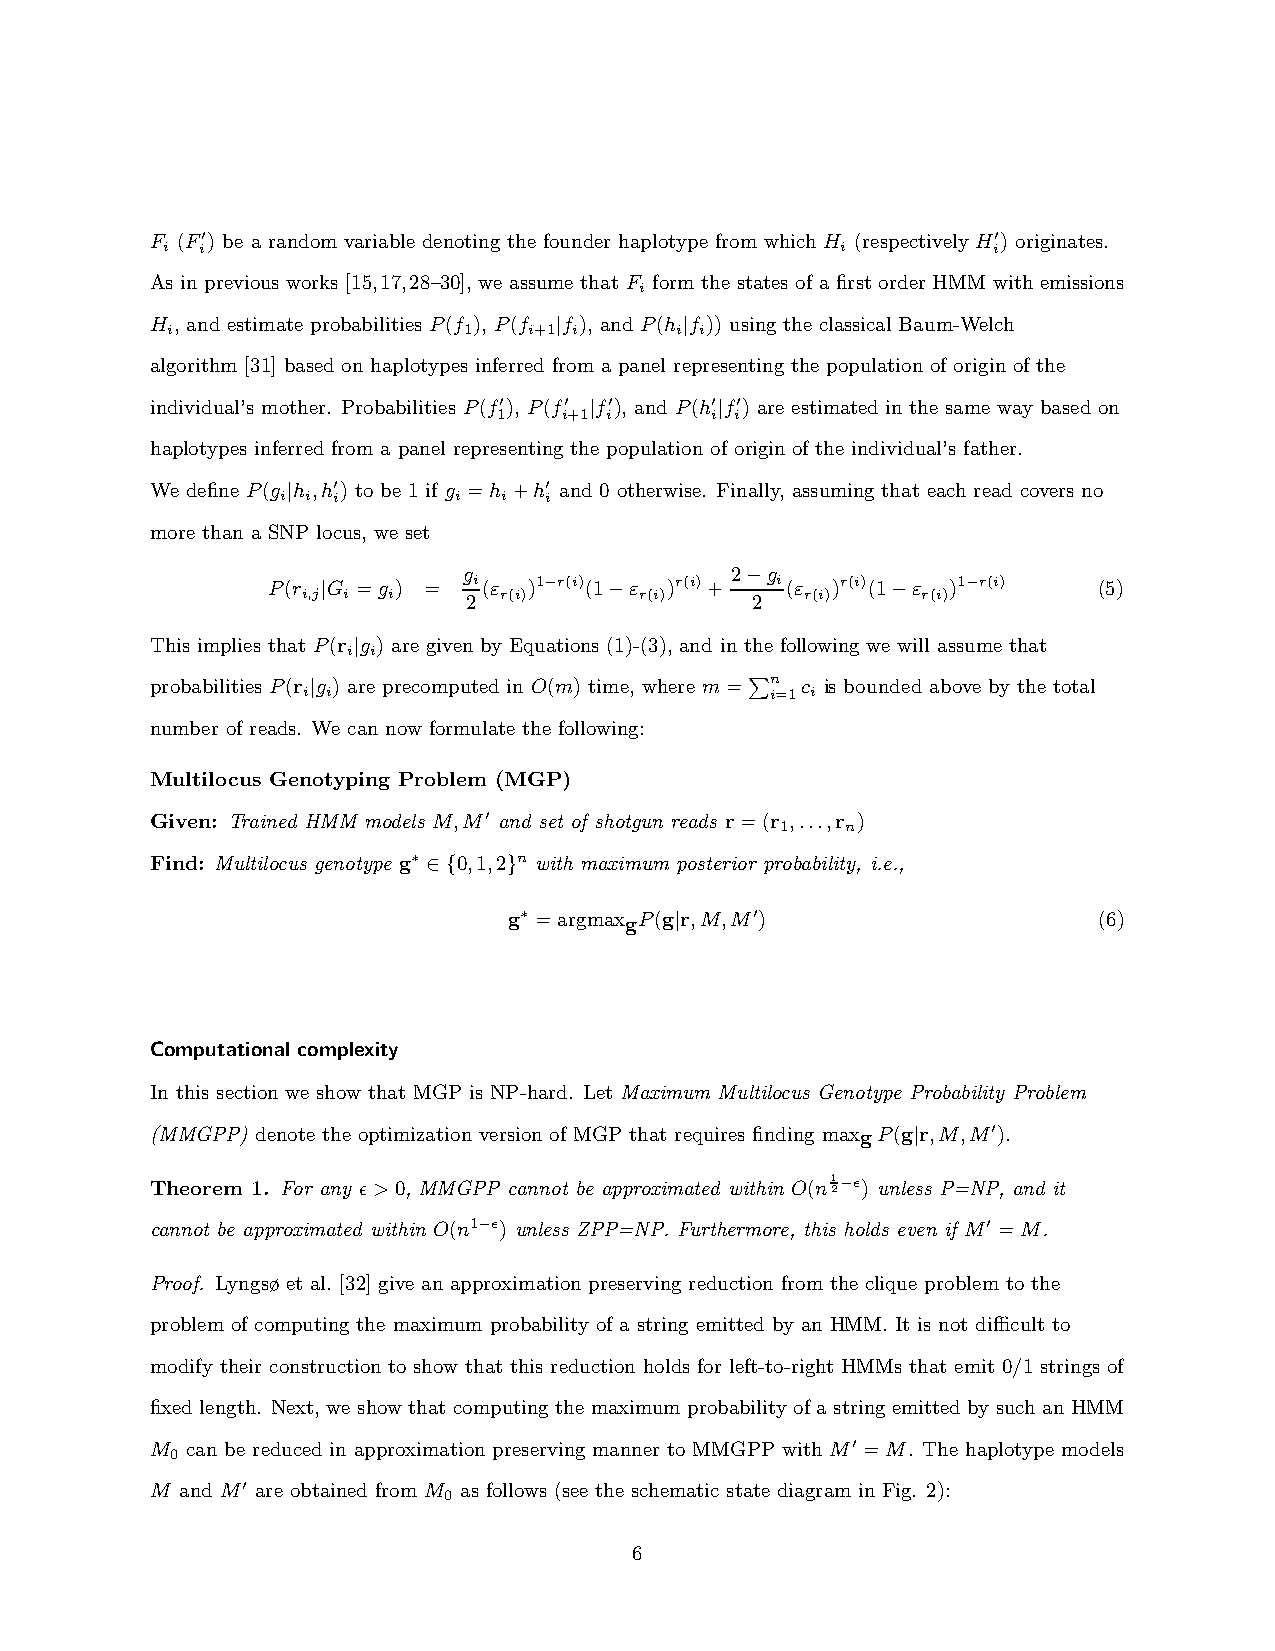
F (F′) be a random variable denoting the founder haplotype from which H (respectively H′) originates.
 i i                                          i         i
 As in previous works [15,17,28–30], we assume that F form the states of a first order HMM with emissions
 i
 H , and estimate probabilities P(f ), P(f |f ), and P(h |f )) using the classical Baum-Welch
 i                   1   i+1 i     i i
 algorithm [31] based on haplotypes inferred from a panel representing the population of origin of the
 individual’s mother. Probabilities P(f′), P(f′ |f′), and P(h′|f′) are estimated in the same way based on
 1   i+1 i     i i
 haplotypes inferred from a panel representing the population of origin of the individual’s father.
 We define P(g |h ,h′) to be 1 if g =h +h′ and 0 otherwise. Finally, assuming that each read covers no
 i i i      i  i  i
 more than a SNP locus, we set
 g                2−g
 P(r |G =g ) = i (ε )1−r(i)(1−ε )r(i)+ i (ε )r(i)(1−ε )1−r(i) (5)
 i,j i i    2 r(i)     r(i)    2  r(i)    r(i)
 This implies that P(r |g ) are given by Equations (1)-(3), and in the following we will assume that
 i i
 probabilities P(r |g ) are precomputed in O(m) time, where m= n c is bounded above by the total
 i i                            i=1 i
 P
 number of reads. We can now formulate the following:
 Multilocus Genotyping Problem (MGP)
 Given: Trained HMM models M,M′ and set of shotgun reads r=(r ,...,r )
 1   n
 Find: Multilocus genotype g∗ ∈{0,1,2}n with maximum posterior probability, i.e.,
 g∗ =argmaxgP(g|r,M,M′)                 (6)
 Computational complexity
 In this section we show that MGP is NP-hard. Let Maximum Multilocus Genotype Probability Problem
 (MMGPP) denote the optimization version of MGP that requires finding maxgP(g|r,M,M′).
 Theorem 1. For any ǫ>0, MMGPP cannot be approximated within O(n1 2−ǫ) unless P=NP, and it
 cannot be approximated within O(n1−ǫ) unless ZPP=NP. Furthermore, this holds even if M′ =M.
 Proof. Lyngsø et al. [32] give an approximation preserving reduction from the clique problem to the
 problem of computing the maximum probability of a string emitted by an HMM. It is not difficult to
 modify their construction to show that this reduction holds for left-to-right HMMs that emit 0/1 strings of
 fixed length. Next, we show that computing the maximum probability of a string emitted by suchan HMM
 M can be reduced in approximation preserving manner to MMGPP with M′ =M. The haplotype models
 0
 M and M′ are obtained from M as follows (see the schematic state diagram in Fig. 2):
 0
 6